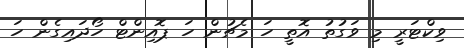
ވިކްޓަރީ މި ވަގުތު އޮތީ ހަ މެޗުން ހަ ޕޮއިންޓް ހޯދައިގެން ހަ